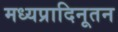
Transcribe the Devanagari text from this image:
मध्यप्रादिनूतन